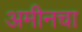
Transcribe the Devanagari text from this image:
अमीनचा